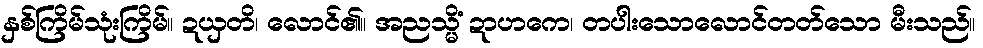
နှစ်ကြိမ်သုံးကြိမ်။ ဍယှတိ၊ လောင်၏။ အညသ္မိံ ဍာဟကေ၊ တပါးသောလောင်တတ်သော မီးသည်။